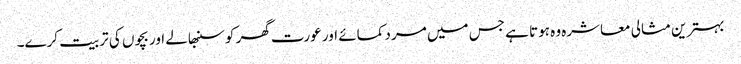
بہترین مثالی معاشرہ وہ ہوتا ہے جس میں مرد کمائے اور عورت گھر کو سنبھالے اور بچوں کی تربیت کرے۔